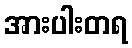
အားပါးတရ